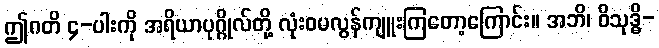
ဤဂတိ ၄-ပါးကို အရိယာပုဂ္ဂိုလ်တို့ လုံးဝမလွန်ကျူးကြတော့ကြောင်း။ အဘိ၊ ဝိသုဒ္ဓိ-